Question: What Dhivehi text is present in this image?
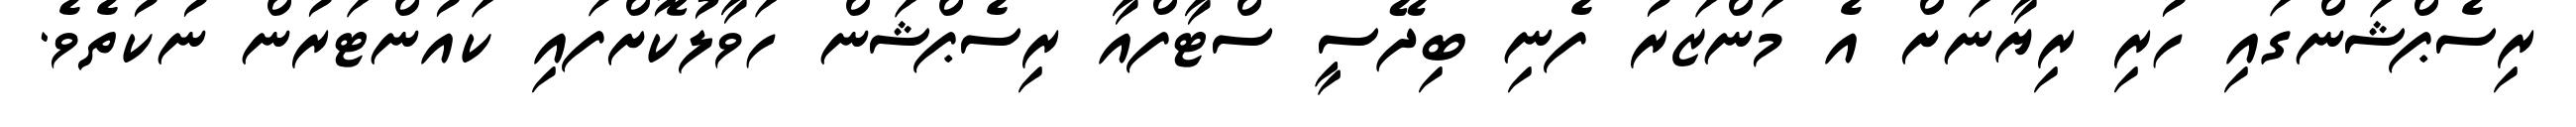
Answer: ރިސެޕްޝަންގައި ހުރި ރިޔާނަށް އެ މަންޒަރު ފެނި ބިދޭސީ ސްޓާފްއާ ރިސެޕްޝަން ހަވާލުކޮށްފައި ކައުންޓަރުން ނުކުތެވެ.